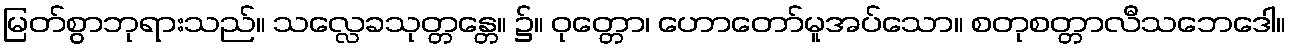
မြတ်စွာဘုရားသည်။ သလ္လေခသုတ္တန္တေ။ ၌။ ဝုတ္တော၊ ဟောတော်မူအပ်သော။ စတုစတ္တာလီသဘေဒေါ။